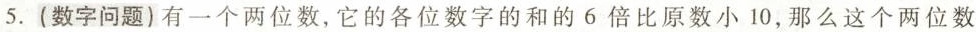
5.(数字问题)有一个两位数，它的各位数字的和的6倍比原数小10，那么这个两位数